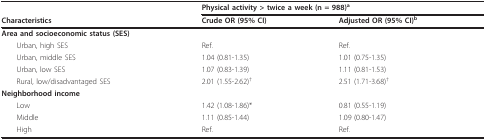
<table><thead><tr><td></td><td colspan="2"><b>Physical activity &gt; twice a week (n = 988)<sup>a</sup></b></td></tr><tr><td><b>Characteristics</b></td><td><b>Crude OR (95% CI)</b></td><td><b>Adjusted OR (95% CI)<sup>b</sup></b></td></tr></thead><tbody><tr><td><b>Area and socioeconomic status (SES)</b></td><td></td><td></td></tr><tr><td> Urban, high SES</td><td>Ref.</td><td>Ref.</td></tr><tr><td> Urban, middle SES</td><td>1.04 (0.81-1.35)</td><td>1.01 (0.75-1.35)</td></tr><tr><td> Urban, low SES</td><td>1.07 (0.83-1.39)</td><td>1.11 (0.81-1.53)</td></tr><tr><td> Rural, low/disadvantaged SES</td><td>2.01 (1.55-2.62)<sup>† </sup></td><td>2.51 (1.71-3.68)<sup>† </sup></td></tr><tr><td><b>Neighborhood income</b></td><td></td><td></td></tr><tr><td> Low</td><td>1.42 (1.08-1.86)*</td><td>0.81 (0.55-1.19)</td></tr><tr><td> Middle</td><td>1.11 (0.85-1.44)</td><td>1.09 (0.80-1.47)</td></tr><tr><td> High</td><td>Ref.</td><td>Ref.</td></tr></tbody></table>